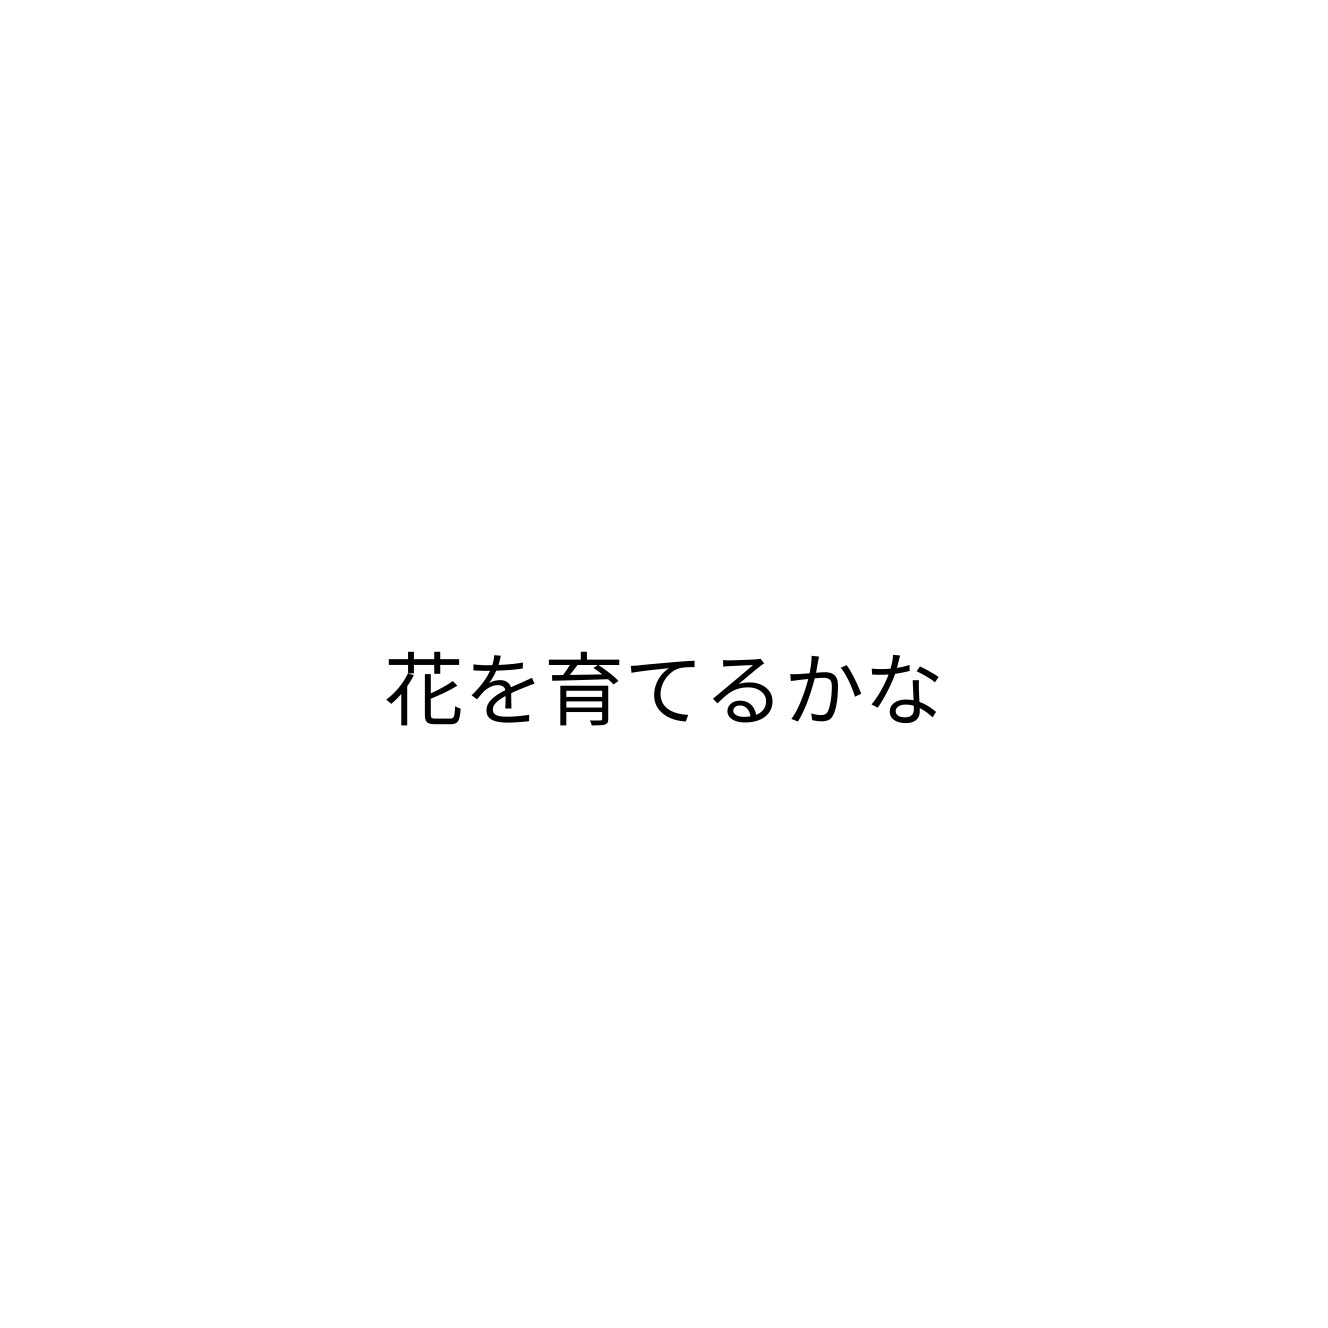
花を育てるかな